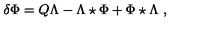
\delta \Phi = Q \Lambda - \Lambda \star \Phi + \Phi \star \Lambda \ ,